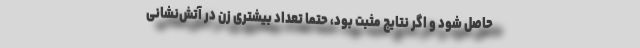
حاصل شود و اگر نتایج مثبت بود، حتماً تعداد بیشتری زن در آتش‌نشانی